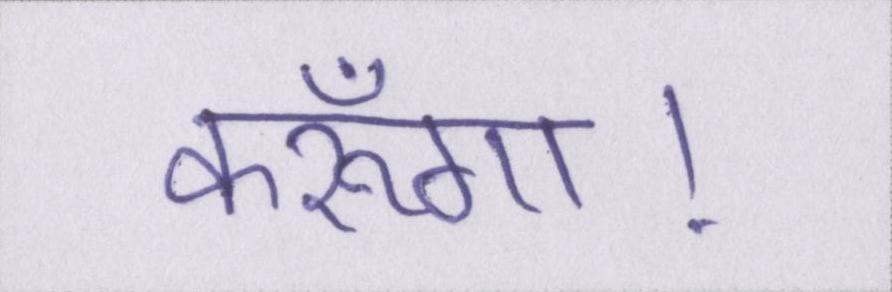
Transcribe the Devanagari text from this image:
करूँगा।